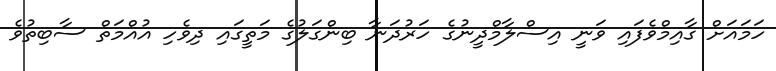
ހަމައަށް ގާއިމްވެފައި ވަނީ އިސްލާމްދީނުގެ ހަރުދަނާ ބިންގަލުގެ މަތީގައި ދިވެހި އުއްމަތް ސާބިތުވެ